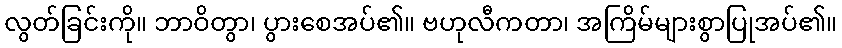
လွတ်ခြင်းကို။ ဘာဝိတွာ၊ ပွားစေအပ်၏။ ဗဟုလီကတာ၊ အကြိမ်များစွာပြုအပ်၏။